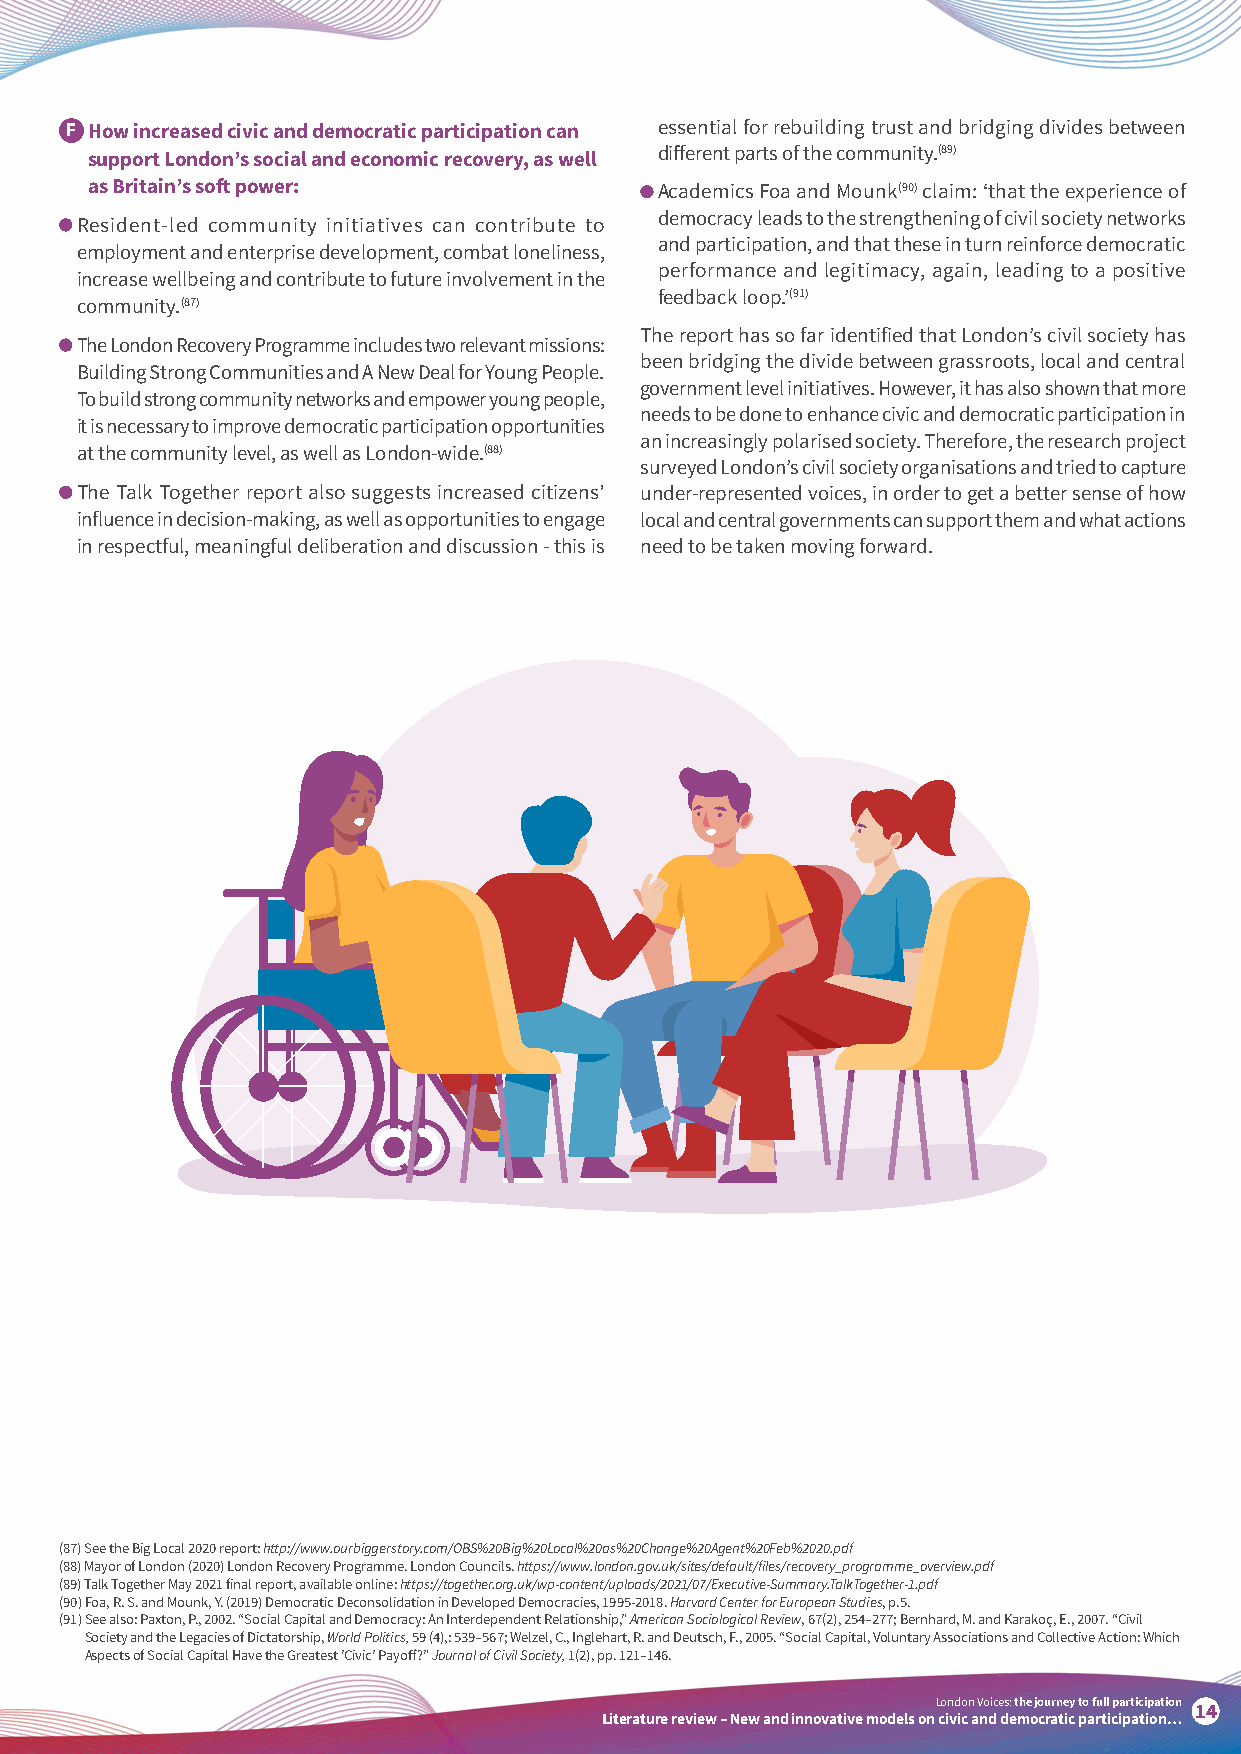
F How increased civic and democratic participation can essential for rebuilding trust and bridging divides between
 different parts of the community.(89)
 support London’s social and economic recovery, as well
 as Britain’s soft power:              Academics Foa and Mounk(90) claim: ‘that the experience of
 democracy leads to the strengthening of civil society networks
 Resident-led community initiatives can contribute to
 and participation, and that these in turn reinforce democratic
 employment and enterprise development, combat loneliness,
 performance and legitimacy, again, leading to a positive
 increase wellbeing and contribute to future involvement in the
 feedback loop.’(91)
 community.(87)
 The report has so far identified that London’s civil society has
 The London Recovery Programme includes two relevant missions:
 been bridging the divide between grassroots, local and central
 Building Strong Communities and A New Deal for Young People.
 government level initiatives. However, it has also shown that more
 To build strong community networks and empower young people,
 needs to be done to enhance civic and democratic participation in
 it is necessary to improve democratic participation opportunities
 an increasingly polarised society. Therefore, the research project
 at the community level, as well as London-wide.(88)
 surveyed London’s civil society organisations and tried to capture
 The Talk Together report also suggests increased citizens’ under-represented voices, in order to get a better sense of how
 influence in decision-making, as well as opportunities to engage local and central governments can support them and what actions
 in respectful, meaningful deliberation and discussion - this is need to be taken moving forward.
 (87) See the Big Local 2020 report: http://www.ourbiggerstory.com/OBS%20Big%20Local%20as%20Change%20Agent%20Feb%2020.pdf
 (88) Mayor of London (2020) London Recovery Programme. London Councils. https://www.london.gov.uk/sites/default/files/recovery_programme_overview.pdf
 (89) Talk Together May 2021 final report, available online: https://together.org.uk/wp-content/uploads/2021/07/Executive-Summary.TalkTogether-1.pdf
 (90) F oa, R. S. and Mounk, Y. (2019) Democratic Deconsolidation in Developed Democracies, 1995-2018. Harvard Center for European Studies, p.5.
 (91) S ee also: Paxton, P., 2002. “Social Capital and Democracy: An Interdependent Relationship,” American Sociological Review, 67(2), 254–277; Bernhard, M. and Karakoç, E., 2007. “Civil
 Society and the Legacies of Dictatorship, World Politics, 59 (4),: 539–567; Welzel, C., Inglehart, R. and Deutsch, F., 2005. “Social Capital, Voluntary Associations and Collective Action: Which
 Aspects of Social Capital Have the Greatest ’Civic’ Payoff?” Journal of Civil Society, 1(2), pp. 121–146.
 London Voices: the journey to full participation
 14
 Literature review – New and innovative models on civic and democratic participation…